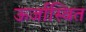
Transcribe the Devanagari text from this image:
ऊर्जास्वित